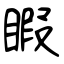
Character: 睱